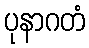
ပုနာဂတံ